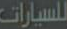
للسيارات